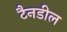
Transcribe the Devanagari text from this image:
टैनडील